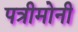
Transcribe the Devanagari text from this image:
पत्रीमोनी